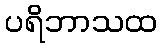
ပရိဘာသထ